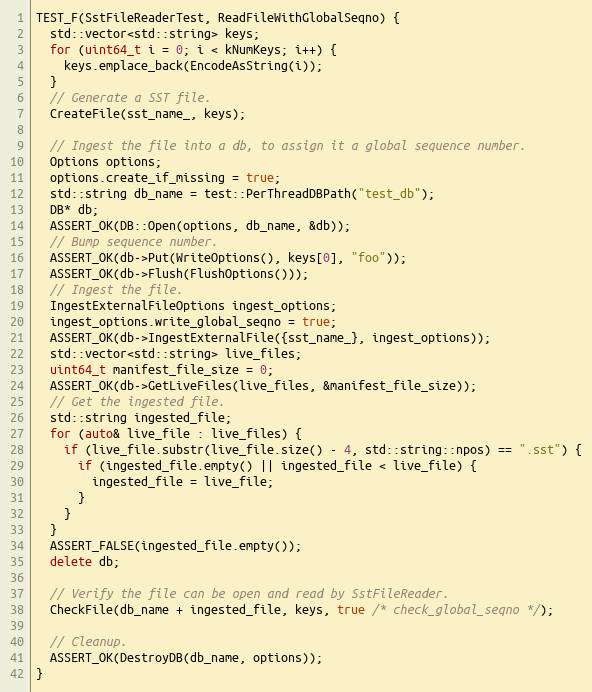
Language: C++
TEST_F(SstFileReaderTest, ReadFileWithGlobalSeqno) {
  std::vector<std::string> keys;
  for (uint64_t i = 0; i < kNumKeys; i++) {
    keys.emplace_back(EncodeAsString(i));
  }
  // Generate a SST file.
  CreateFile(sst_name_, keys);

  // Ingest the file into a db, to assign it a global sequence number.
  Options options;
  options.create_if_missing = true;
  std::string db_name = test::PerThreadDBPath("test_db");
  DB* db;
  ASSERT_OK(DB::Open(options, db_name, &db));
  // Bump sequence number.
  ASSERT_OK(db->Put(WriteOptions(), keys[0], "foo"));
  ASSERT_OK(db->Flush(FlushOptions()));
  // Ingest the file.
  IngestExternalFileOptions ingest_options;
  ingest_options.write_global_seqno = true;
  ASSERT_OK(db->IngestExternalFile({sst_name_}, ingest_options));
  std::vector<std::string> live_files;
  uint64_t manifest_file_size = 0;
  ASSERT_OK(db->GetLiveFiles(live_files, &manifest_file_size));
  // Get the ingested file.
  std::string ingested_file;
  for (auto& live_file : live_files) {
    if (live_file.substr(live_file.size() - 4, std::string::npos) == ".sst") {
      if (ingested_file.empty() || ingested_file < live_file) {
        ingested_file = live_file;
      }
    }
  }
  ASSERT_FALSE(ingested_file.empty());
  delete db;

  // Verify the file can be open and read by SstFileReader.
  CheckFile(db_name + ingested_file, keys, true /* check_global_seqno */);

  // Cleanup.
  ASSERT_OK(DestroyDB(db_name, options));
}